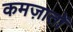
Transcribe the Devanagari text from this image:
कमज़ातों